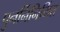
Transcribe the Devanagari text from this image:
पुनर्निनिर्मित